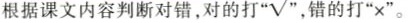
根据课文内容判断对错，对的打” $$^{\cdots}\sqrt{}$$ ，错的打”×”。